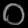
Digit: ၀